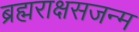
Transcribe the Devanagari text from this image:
ब्रह्मराक्षसजन्म